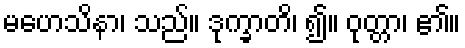
မဟေသိနာ၊ သည်။ ဒုက္ခာတိ၊ ၍။ ဝုတ္တာ၊ ၏။